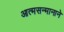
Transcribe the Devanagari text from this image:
आत्मसन्मानाने